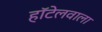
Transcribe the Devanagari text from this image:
हॉटेलवाला